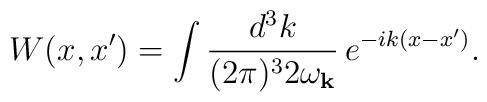
W(x,x')=\int \frac{d^3k}{(2\pi)^3 2\omega_{{\bf k}}} \, e^{-ik(x-x')}  .